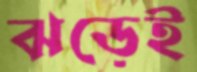
ঝড়েই